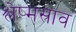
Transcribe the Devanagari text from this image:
श्लेष्मस्राव